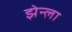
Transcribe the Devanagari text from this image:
झेन्ला